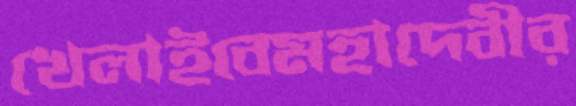
খেলাইবেমহাদেবীর